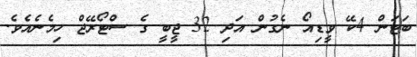
ބަޓަން 4ކޭ ވީޑިއޯ ނެގުން އަދި 32 ޖީބީ ގެ ސްޓޯރޭޖް ހިމެނެއެވެ.